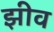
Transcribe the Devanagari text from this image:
झीव